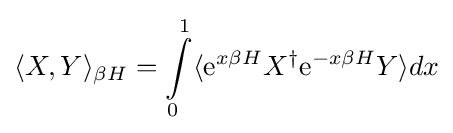
\langle X,Y\rangle _{\beta H}=\int \limits _{0}^{1}\langle {\rm {e}}^{x\beta H}X^{\dagger }{\rm {e}}^{-x\beta H}Y\rangle dx